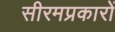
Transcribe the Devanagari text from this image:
सीरमप्रकारों